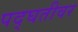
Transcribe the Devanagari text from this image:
पद्घतीवर